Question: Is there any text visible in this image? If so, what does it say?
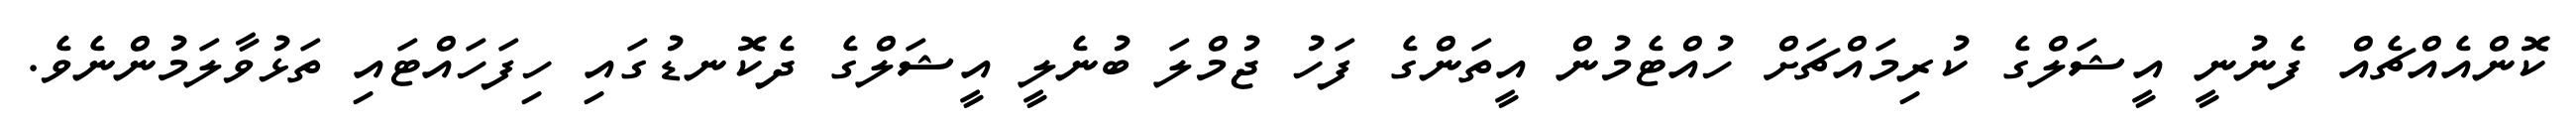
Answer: ކޮންއެއްޗެއް ފެނުނީ އީޝަލްގެ ކުރިމައްޗަށް ހުއްޓެމުން އީތަންގެ ފަހު ޖުމްލަ ބުނެލީ އީޝަލްގެ ދެކޮނޑުގައި ހިފަހައްޓައި ތަޅުވާލަމުންނެވެ.